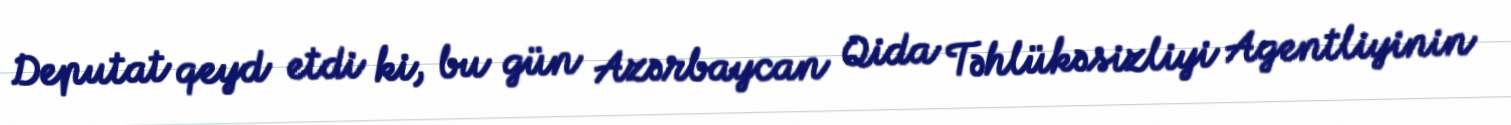
Deputat qeyd etdi ki, bu gün Azərbaycan Qida Təhlükəsizliyi Agentliyinin